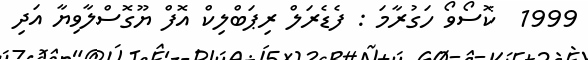
1999  ކޮސޯވޯ ހަގުރާމަ : ފެޑެރަލް ރިޕަބްލިކް އޮފް ޔޫގޮސްލާވިޔާ އަދި